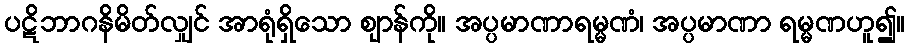
ပဋိဘာဂနိမိတ်လျှင် အာရုံရှိသော ဈာန်ကို။ အပ္ပမာဏာရမ္မဏံ၊ အပ္ပမာဏာ ရမ္မဏဟူ၍။